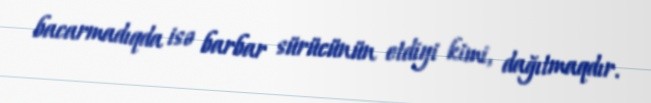
bacarmadıqda isə barbar sürücünün etdiyi kimi, dağıtmaqdır.